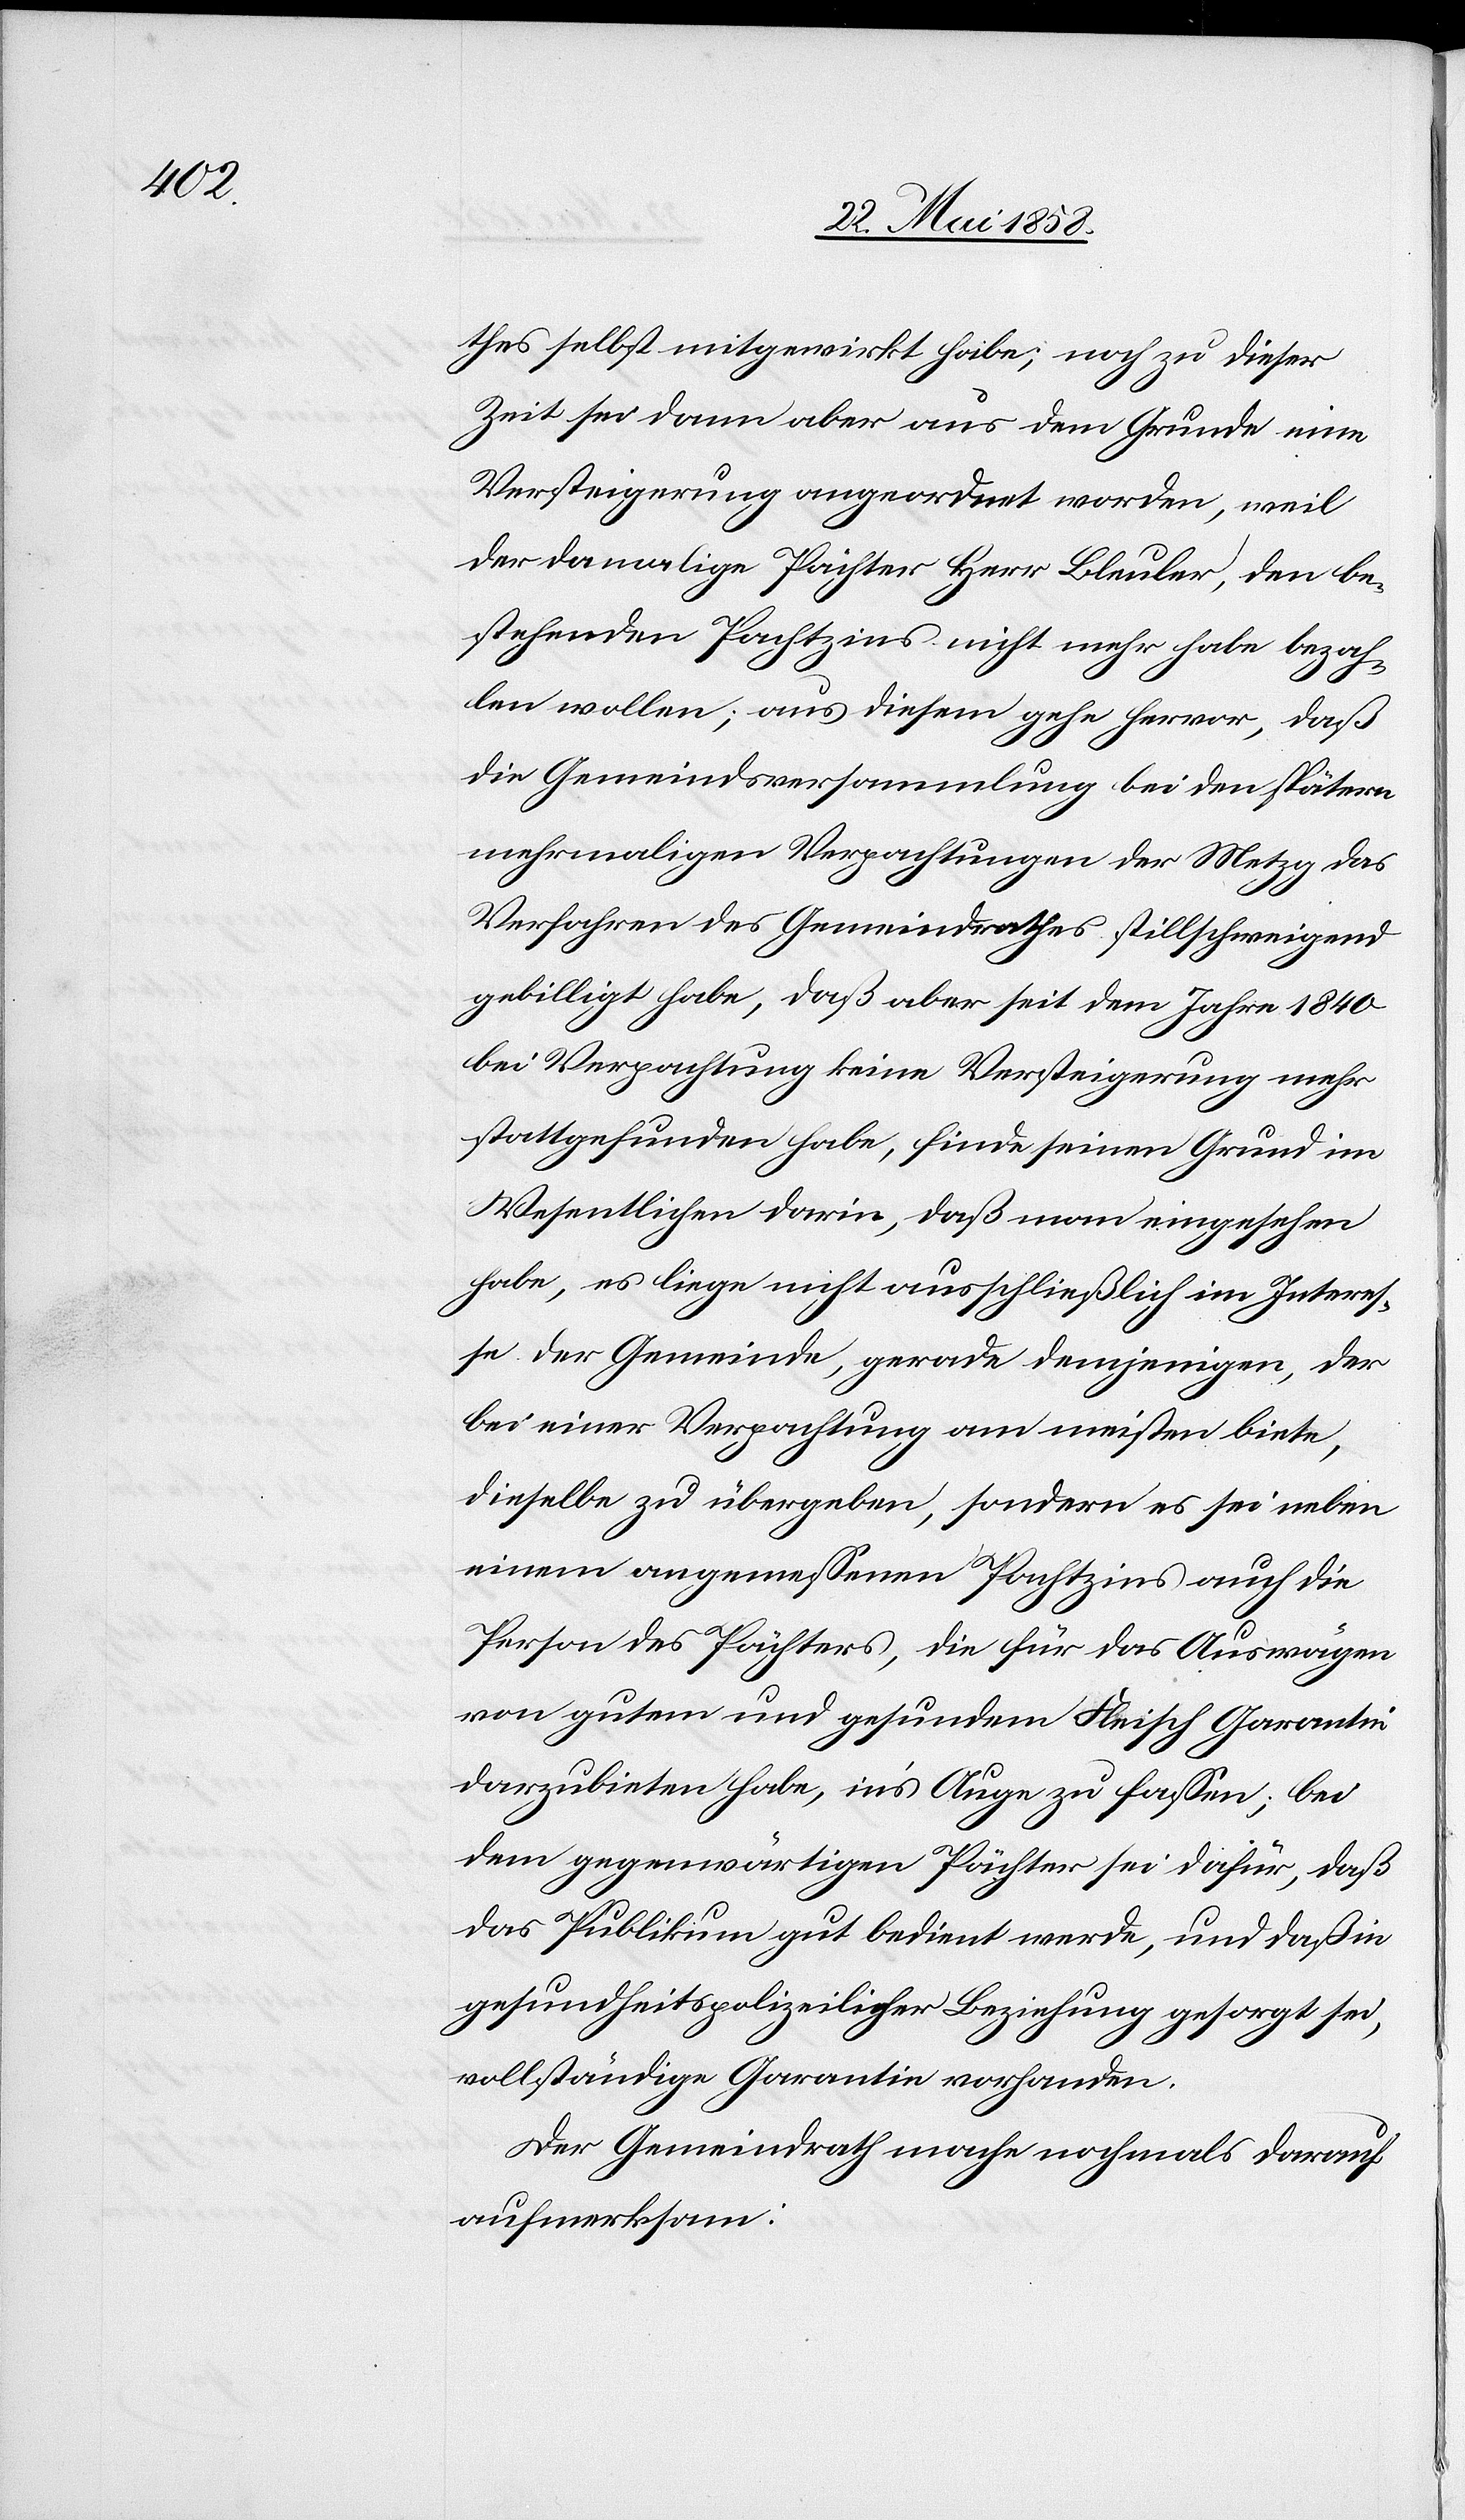
thes selbst mitgewirkt habe; noch zu dieser
Zeit sei dann aber aus dem Grund eine
Versteigerung angeordnet worden, weil
der damalige Pächter Herr Bleuler, den be¬
stehenden Pachtzins nicht mehr habe bezah¬
len wollen; aus diesen gehe hervor, daß
die Gemeindsversammlung bei den spätern
mehrmaligen Verpachtungen der Metzg das
Verfahren des Gemeindrathes stillschweigend
gebilligt habe, daß aber seit dem Jahre 1840
bei Verpachtung keine Versteigerung mehr
stattgefunden habe, finde seinen Grund im
Wesentlichen darin, daß man eingesehen
habe, es liege nicht ausschließlich im Interes¬
se der Gemeinde, gerade demjenigen, der
bei einer Verpachtung am meisten biete,
dieselbe zu übergeben, sondern es sei neben
einem angemessenen Pachtzins auch die
Person des Pächters, die für das Auswägen
von gutem und gesundem Fleisch Garantie
darzubieten habe, in’s Auge zu fassen; bei
dem gegenwärtigen Pächter sei dafür, daß
das Publikum gut bedient werde, und daß in
gesundheitspolizeilicher Beziehung gesorgt sei,
vollständige Garantie vorhanden.
Der Gemeindrath mache nochmals darauf
aufmerksam: